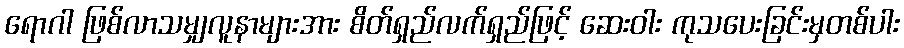
ရောဂါ ဖြစ်လာသမျှလူနာများအား စိတ်ရှည်လက်ရှည်ဖြင့် ဆေးဝါး ကုသပေးခြင်းမှတစ်ပါး